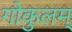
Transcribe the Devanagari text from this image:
गोकुलम्